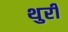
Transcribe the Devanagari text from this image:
थुरी